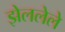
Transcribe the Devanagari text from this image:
झेललेले